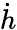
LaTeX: \dot{h}